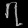
Digit: ၇